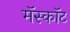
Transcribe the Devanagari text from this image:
मॅस्कॉट